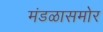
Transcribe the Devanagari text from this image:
मंडळासमोर